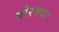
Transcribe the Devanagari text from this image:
पोरक्या